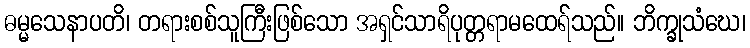
ဓမ္မသေနာပတိ၊ တရားစစ်သူကြီးဖြစ်သော အရှင်သာရိပုတ္တရာမထေရ်သည်။ ဘိက္ခုသံဃေ၊